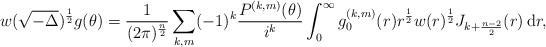
LaTeX: \begin{align*}w(\sqrt{-\Delta})^{\frac{1}{2}}g(\theta)=\frac{1}{(2\pi)^{\frac{n}{2}}}\sum_{k,m}(-1)^k\frac{P^{(k,m)}(\theta)}{i^k}\int_0^\infty g_0^{(k,m)}(r)r^{\frac{1}{2}}w(r)^{\frac{1}{2}}J_{k+\frac{n-2}{2}}(r)\,\mathrm{d}r,\end{align*}